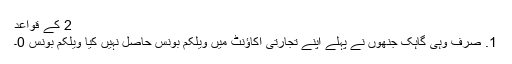
2 کے قواعد
1. صرف وہی گاہک جنھوں نے پہلے اپنے تجارتی اکاؤنٹ میں ویلکم بونس حاصل نہیں کیا ویلکم بونس 0۔